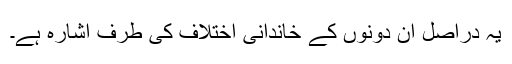
یہ دراصل ان دونوں کے خاندانی اختلاف کی طرف اشارہ ہے۔